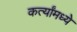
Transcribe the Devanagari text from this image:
कर्त्यांमध्ये